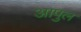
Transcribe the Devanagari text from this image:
आपुल